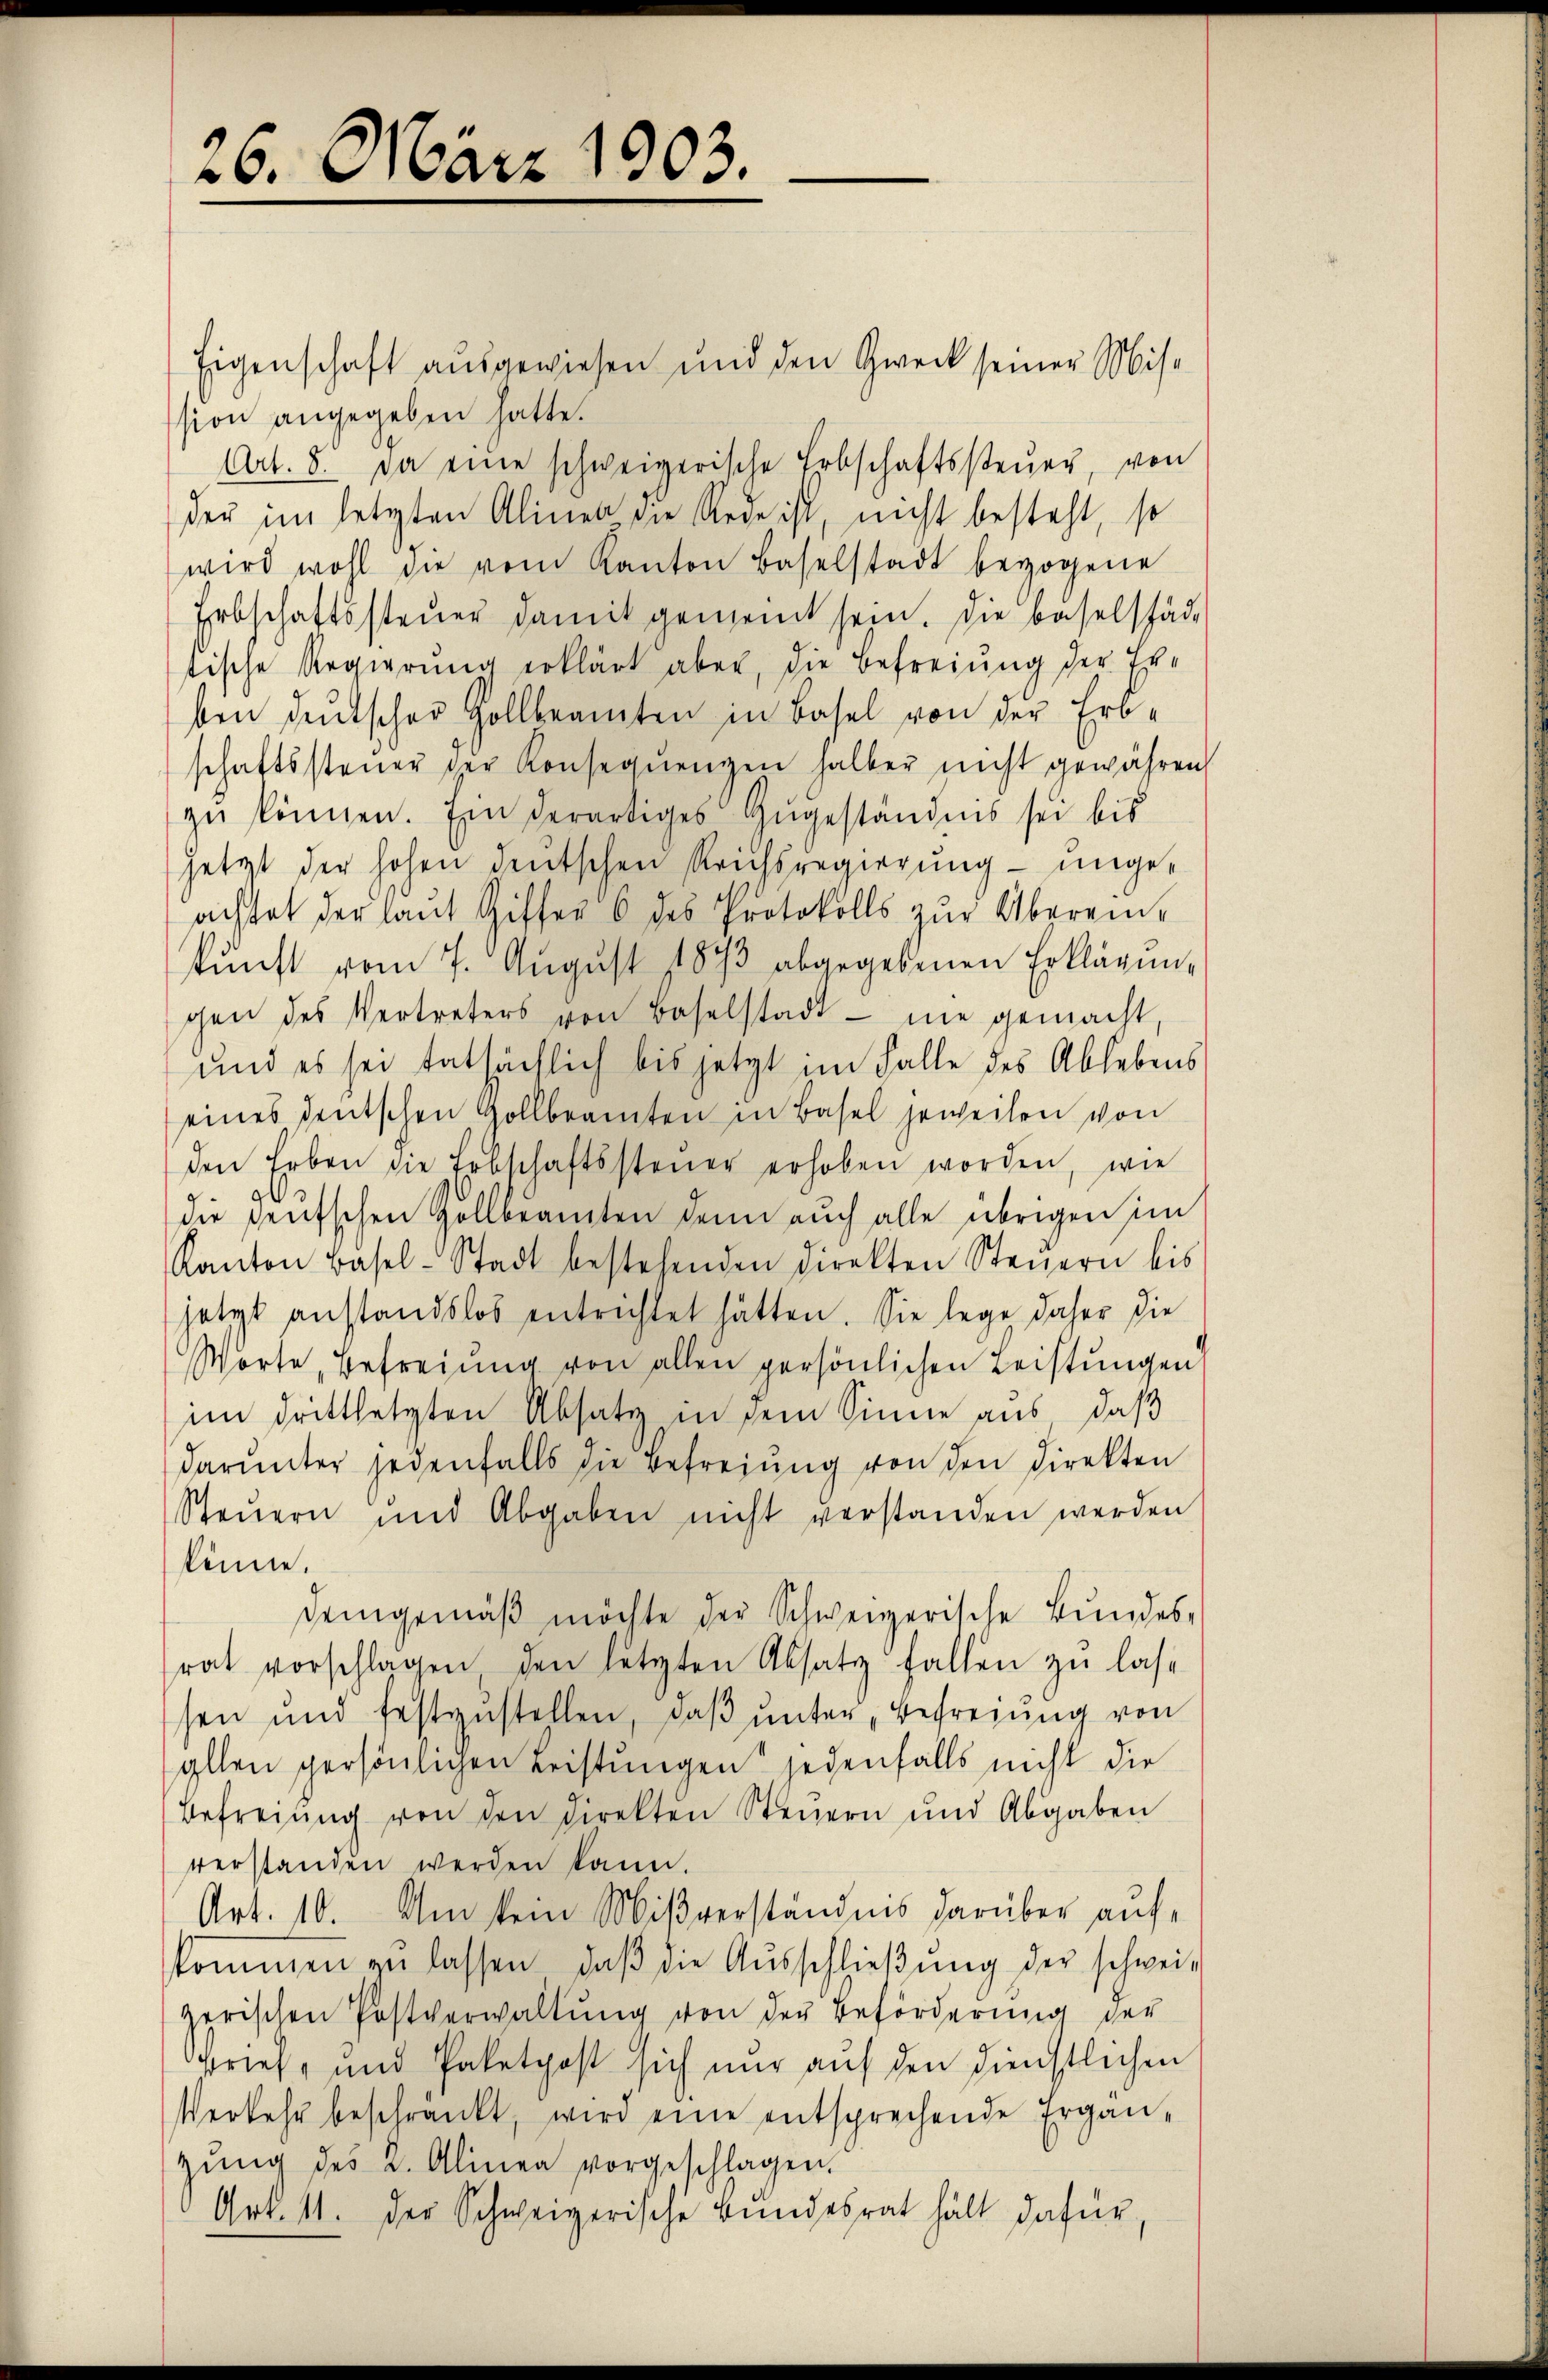
26. März 1903.

Eigenschaft ausgewiesen und den Zweck seiner Mission angegeben hatte.
Art. 8. Da eine schweizerische Erbschaftssteŭer, von
der im letzten Alinen die Rede ist, nicht besteht, so
wird wohl die vom Kanton Baselstadt bezogene
Erbschaftssteŭer damit gemeint sein. Die Baselstäd-
tische Regierŭng erklärt aber, die Befreiung der Er-
ben deutscher Hollbeamten in Basel von der Erb-
schaftssteuer der Konseqŭengen halber nicht gewähren,
zu können. Ein derartiges Zugeständnis sei bis
jetzt der hohen deutschen Reichsregierung ungeachtet der laŭt Ziffer 6 des Protokolls zŭr Überein-
kŭnft vom 7. August 1873 abgegebenen Erklärungen des Vertreters von Baselstadt nie gemacht,
und es sei tatsächlich bis jetzt im Falle des Ablebens
eines deutschen Gollbeamten in Basel jeweilen von
den Erben die Erbschaftssteŭer erhoben worden, wie
die heutschen Zollbeamten denn auch alle übrigen im
Kanton Basel-Stadt bestehenden Direkten Steuern bis
hetzt anstandslos entrichtet hätten. Sie lege daher die
Worte Befreiung von allen persönlichen Leistungen
im drittletzten Absatz in dem Sinne aus, daß
darunter jedenfalls die Befreiung von den Direkten
Steŭern und Abgaben nicht verstanden werden
könne.
Demgemäβ möchte der Schweizerische Bŭndes-
rat vorschlagen den letzten Absatz fallen zŭ las-
sen und festzŭstellen, daβ ŭnter Befreiung von
allen persönligen Leistungen jedenfalls nicht die
Befreiung von den direkten Steuern und Abgaben
verstanden werden kann.
Art. 10. Um kein Mißverständnis darüber aufkommen zŭ lassen, daβ die Aŭsschlieβŭng der schweizerischen Postverwaltŭng von der Beförderung der
prief, und Paketpost sich nur auf den dienstlichen
Verkehr beschränkt, wird eine entsprechende Ergän-
zŭng des u. Alinea vorgeschlagen.
Art. 11. der Schweizerische Bundesrat hält dafür,